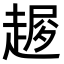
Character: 𧼜